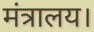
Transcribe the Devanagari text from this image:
मंत्रालय।